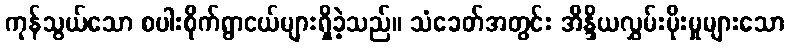
ကုန်သွယ်သော စပါးစိုက်ရွာငယ်များရှိခဲ့သည်။ သံခေတ်အတွင်း အိန္ဒိယလွှမ်းမိုးမှုများသော